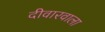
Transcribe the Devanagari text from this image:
दीवारवाला